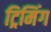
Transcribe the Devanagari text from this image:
ट्रिमिंग